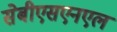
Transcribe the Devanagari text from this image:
सेबीएसएनएल